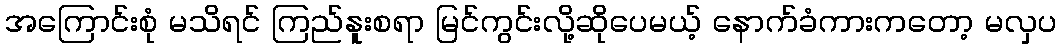
အကြောင်းစုံ မသိရင် ကြည်နူးစရာ မြင်ကွင်းလို့ဆိုပေမယ့် နောက်ခံကားကတော့ မလှပ